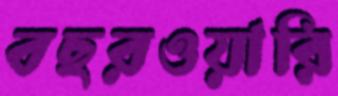
বছরওয়ারি